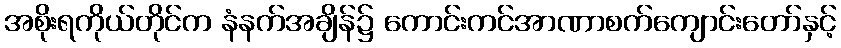
အစိုးရကိုယ်တိုင်က နံနက်အချိန်၌ ကောင်းကင်အာဏာစက်ကျောင်းတော်နှင့်